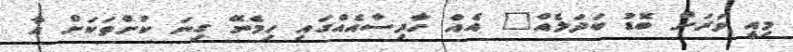
މިއީ ވަރަށް ބޮޑު ބަދަލެއް" އެއް ހާދިސާއެއްގައި ހިމެނޭ ގިނަ ކުށްތަކަށް އާ